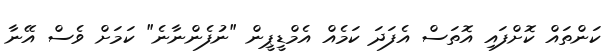
ކަންތައް ކޮށްފައި އޮތަސް އެފަދަ ކަމެއް އެމްޑީޕީން "ނުފެންނާނެ" ކަމަށް ވެސް އޭނާ